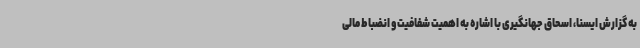
به گزارش ایسنا، اسحاق جهانگیری با اشاره به اهمیت شفافیت و انضباط مالی